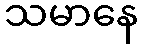
သမာနေ